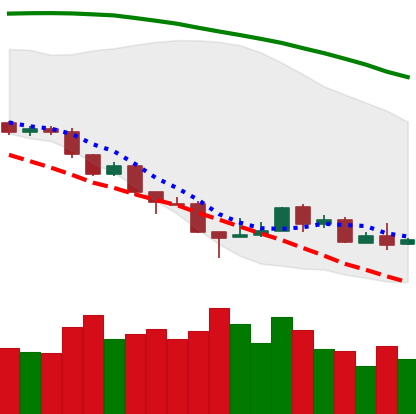
Ticker: ETH-USD
Chart end date: 2018-08-23
Forward return: 6.999%
Label: up_5_7